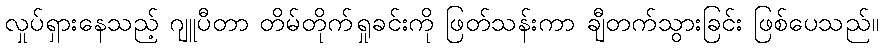
လှုပ်ရှားနေသည့် ဂျူပီတာ တိမ်တိုက်ရှုခင်းကို ဖြတ်သန်းကာ ချီတက်သွားခြင်း ဖြစ်ပေသည်။